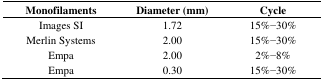
| Monofilaments | Diameter (mm) | Cycle |
 | --- | --- | --- |
 | Images SI | 1.72 | 15%–30% |
 | Merlin Systems | 2.00 | 15% –30% |
 | Empa | 2.00 | 2% –8% |
 | Empa | 0.30 | 15% –30% |